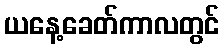
ယနေ့ခေတ်ကာလတွင်